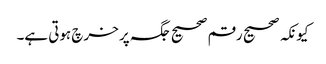
کیونکہ صحیح رقم صحیح جگہ پر خرچ ہوتی ہے۔